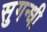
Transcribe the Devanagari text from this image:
सुगन्धी